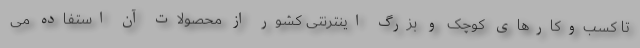
تا کسب‌وکارهای کوچک و بزرگ اینترنتی کشور از محصولات آن استفاده می